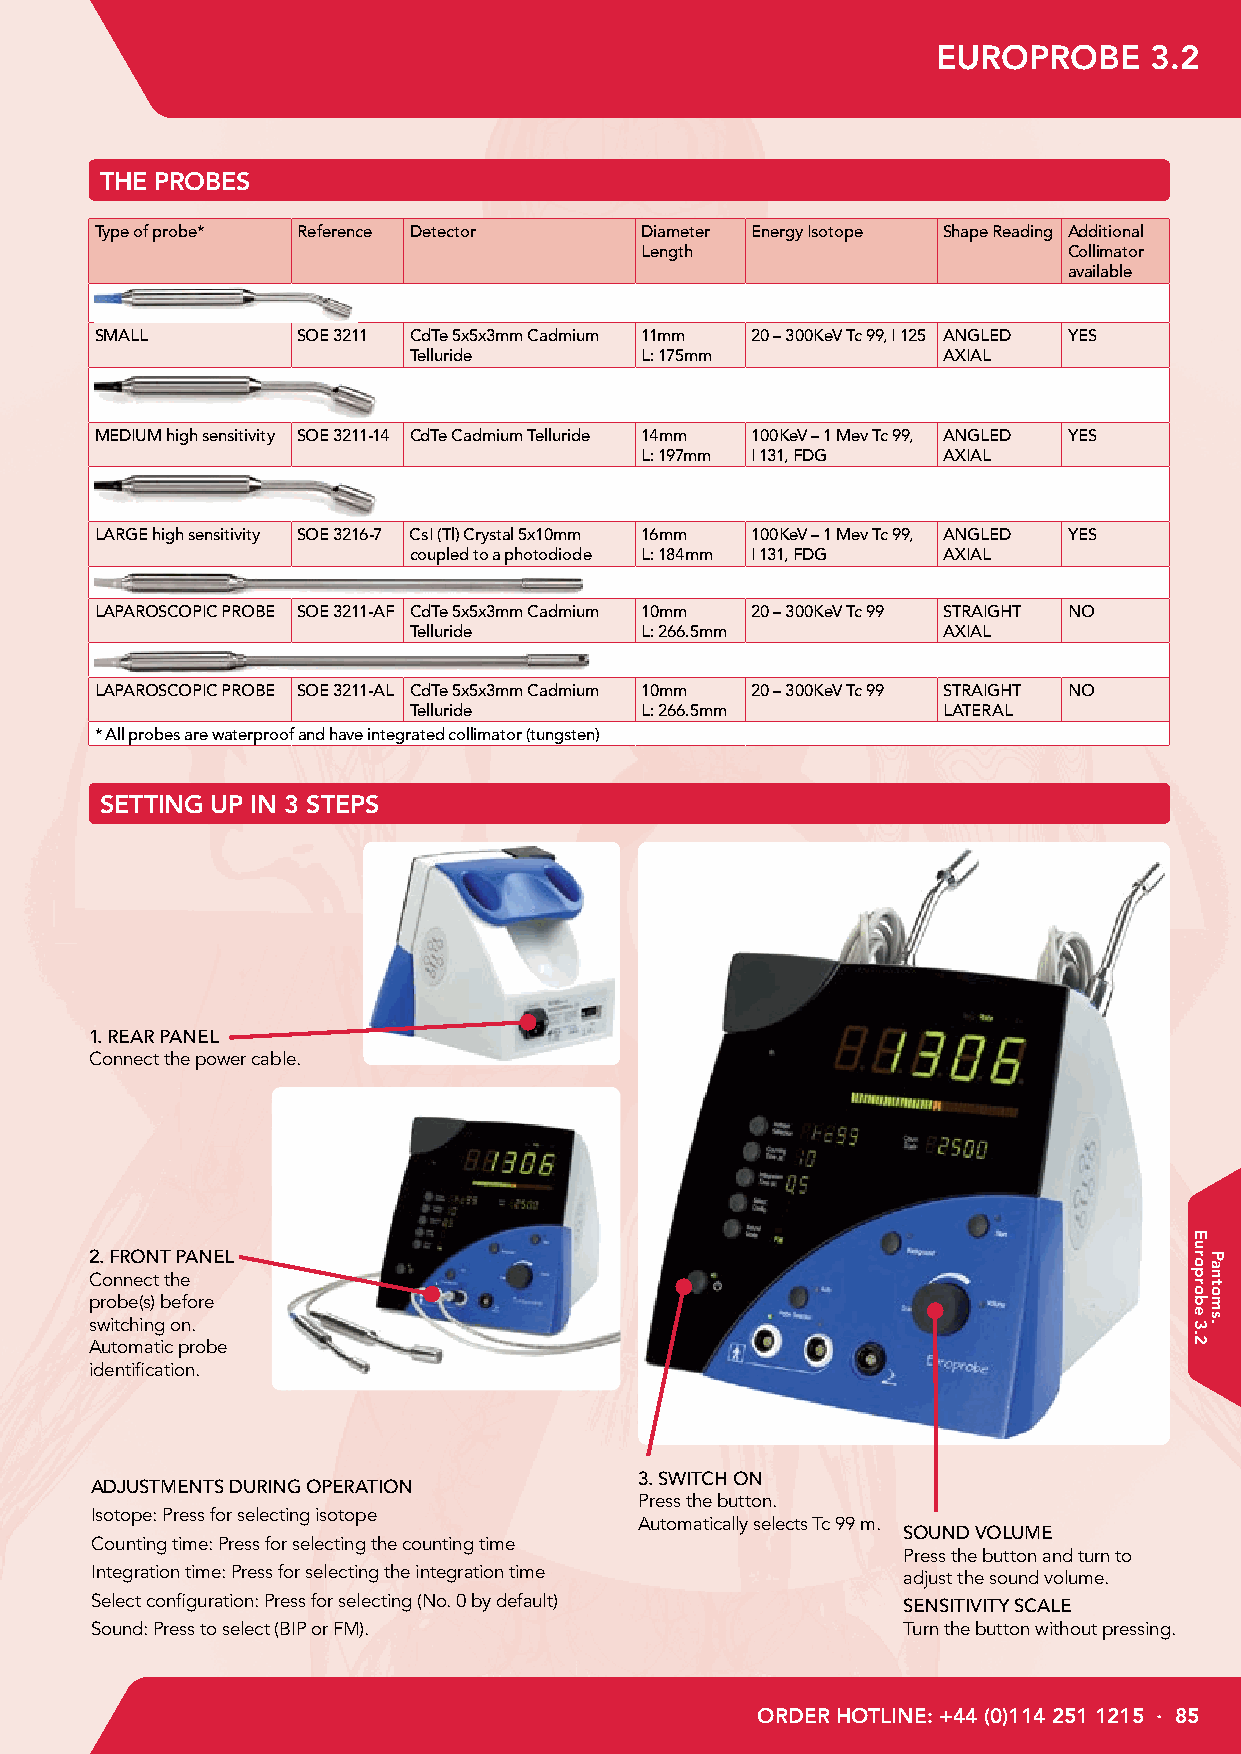
EUROPROBE     3.2
 THE PROBES
 Type of probe* Reference Detector   Diameter Energy Isotope Shape Reading Additional
 Length                       Collimator
 available
 SMALL         SOE 3211 CdTe 5x5x3mm Cadmium 11mm 20 – 300KeV Tc 99, I 125 ANGLED YES
 Telluride      L: 175mm            AXIAL
 MEDIUM high sensitivity SOE 3211-14 CdTe Cadmium Telluride 14mm 100KeV – 1 Mev Tc 99, ANGLED YES
 L: 197mm I 131, FDG AXIAL
 LARGE high sensitivity SOE 3216-7 CsI (Tl) Crystal 5x10mm 16mm 100KeV – 1 Mev Tc 99, ANGLED YES
 coupled to a photodiode L: 184mm I 131, FDG AXIAL
 LAPAROSCOPIC PROBE SOE 3211-AF CdTe 5x5x3mm Cadmium 10mm 20 – 300KeV Tc 99 STRAIGHT NO
 Telluride      L: 266.5mm          AXIAL
 LAPAROSCOPIC PROBE SOE 3211-AL CdTe 5x5x3mm Cadmium 10mm 20 – 300KeV Tc 99 STRAIGHT NO
 Telluride      L: 266.5mm          LATERAL
 * All probes are waterproof and have integrated collimator (tungsten)
 SETTING UP IN 3 STEPS
 1.REAR PANEL
 Connect the power cable.
 2.FRONT PANEL
 Connect the
 probe(s) before
 switching on.
 Automatic probe
 identification.
 3.SWITCH ON
 ADJUSTMENTS DURING OPERATION
 Press the button.
 Isotope: Press for selecting isotope
 Automatically selects Tc 99 m.
 SOUND VOLUME
 Counting time: Press for selecting the counting time
 Press the button and turn to
 Integration time: Press for selecting the integration time adjust the sound volume.
 Select configuration: Press for selecting (No. 0 by default) SENSITIVITY SCALE
 Sound: Press to select (BIP or FM).                   Turn the button without pressing.
 ORDER HOTLINE: +44 (0)114 251 1215 · 85
 Europrobe
 3.2
 Pantoms.